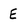
Character: E